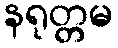
နရုတ္တမ